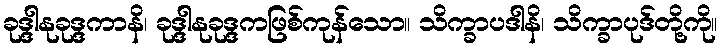
ခုဒ္ဒါနုခုဒ္ဒကာနိ၊ ခုဒ္ဒါနုခုဒ္ဒကဖြစ်ကုန်သော။ သိက္ခာပဒါနိ၊ သိက္ခာပုဒ်တို့ကို။